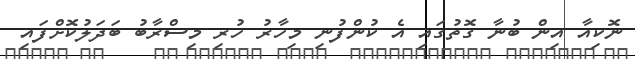
ނޮކިއާ އިން ބުނާ ގޮތުގައި އެ ކުންފުނި މިހާރު ހުރި މިސްރާބު ބަދަލުކޮށްފައި